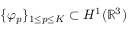
\{ \varphi _ { p } \} _ { 1 \le p \le K } \subset H ^ { 1 } ( \mathbb { R } ^ { 3 } )